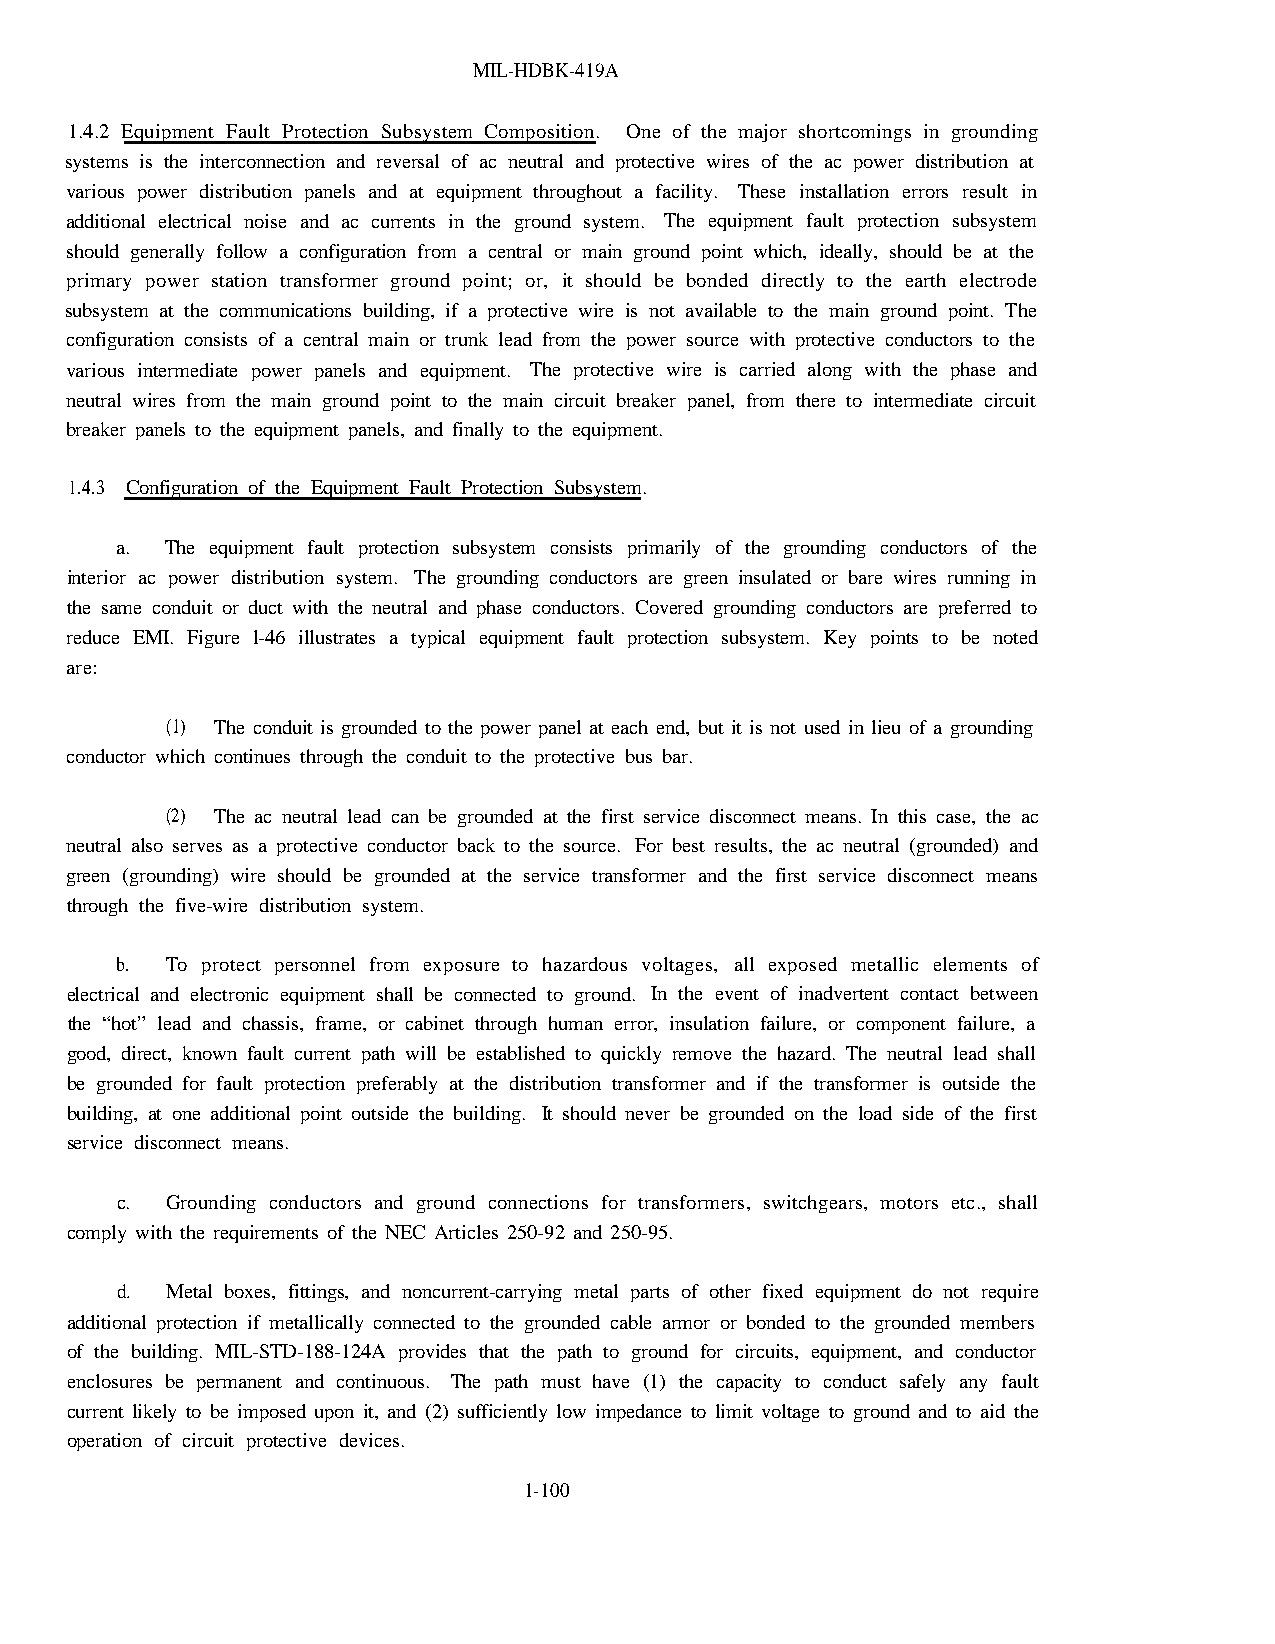
MIL-HDBK-419A
 1.4.2 Equipment Fault Protection Subsystem Composition. One of the major shortcomings in grounding
 systems is the interconnection and reversal of ac neutral and protective wires of the ac power distribution at
 various power distribution panels and at equipment throughout a facility. These installation errors result in
 additional electrical noise and ac currents in the ground system. The equipment fault protection subsystem
 should generally follow a configuration from a central or main ground point which, ideally, should be at the
 primary power station transformer ground point; or, it should be bonded directly to the earth electrode
 subsystem at the communications building, if a protective wire is not available to the main ground point. The
 configuration consists of a central main or trunk lead from the power source with protective conductors to the
 various intermediate power panels and equipment. The protective wire is carried along with the phase and
 neutral wires from the main ground point to the main circuit breaker panel, from there to intermediate circuit
 breaker panels to the equipment panels, and finally to the equipment.
 1.4.3 Configuration of the Equipment Fault Protection Subsystem.
 a. The equipment fault protection subsystem consists primarily of the grounding conductors of the
 interior ac power distribution system. The grounding conductors are green insulated or bare wires running in
 the same conduit or duct with the neutral and phase conductors. Covered grounding conductors are preferred to
 reduce EMI. Figure l-46 illustrates a typical equipment fault protection subsystem. Key points to be noted
 are:
 (1) The conduit is grounded to the power panel at each end, but it is not used in lieu of a grounding
 conductor which continues through the conduit to the protective bus bar.
 (2) The ac neutral lead can be grounded at the first service disconnect means. In this case, the ac
 neutral also serves as a protective conductor back to the source. For best results, the ac neutral (grounded) and
 green (grounding) wire should be grounded at the service transformer and the first service disconnect means
 through the five-wire distribution system.
 b. To protect personnel from exposure to hazardous voltages, all exposed metallic elements of
 electrical and electronic equipment shall be connected to ground. In the event of inadvertent contact between
 the “hot” lead and chassis, frame, or cabinet through human error, insulation failure, or component failure, a
 good, direct, known fault current path will be established to quickly remove the hazard. The neutral lead shall
 be grounded for fault protection preferably at the distribution transformer and if the transformer is outside the
 building, at one additional point outside the building. It should never be grounded on the load side of the first
 service disconnect means.
 c. Grounding conductors and ground connections for transformers, switchgears, motors etc., shall
 comply with the requirements of the NEC Articles 250-92 and 250-95.
 d. Metal boxes, fittings, and noncurrent-carrying metal parts of other fixed equipment do not require
 additional protection if metallically connected to the grounded cable armor or bonded to the grounded members
 of the building. MIL-STD-188-124A provides that the path to ground for circuits, equipment, and conductor
 enclosures be permanent and continuous. The path must have (1) the capacity to conduct safely any fault
 current likely to be imposed upon it, and (2) sufficiently low impedance to limit voltage to ground and to aid the
 operation of circuit protective devices.
 1-100